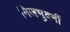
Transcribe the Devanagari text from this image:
निजभुवनीं